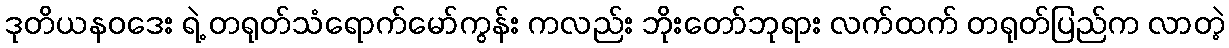
ဒုတိယနဝဒေး ရဲ့ တရုတ်သံရောက်မော်ကွန်း ကလည်း ဘိုးတော်ဘုရား လက်ထက် တရုတ်ပြည်က လာတဲ့